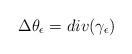
LaTeX: \begin{align*}\Delta\theta_{\epsilon}=div(\gamma_{\epsilon})\end{align*}